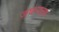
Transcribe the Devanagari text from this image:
जघन्यतम